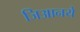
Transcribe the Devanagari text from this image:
जिआनये